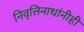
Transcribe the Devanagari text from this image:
निवृत्तिनाथांनीही